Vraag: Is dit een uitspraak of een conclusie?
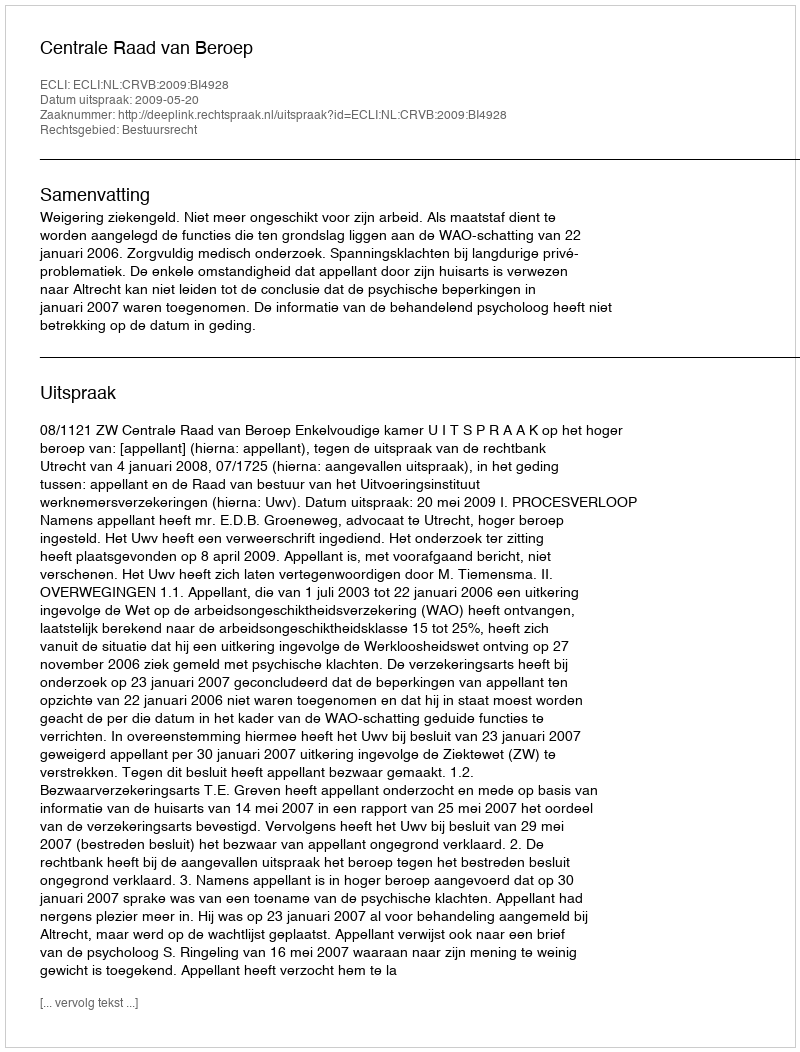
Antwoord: Uitspraak